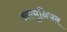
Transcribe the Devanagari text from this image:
अल्मुनियम